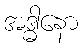
အဒ္ဓါနော